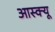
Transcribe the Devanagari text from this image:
आस्क्यू